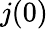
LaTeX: j(0)